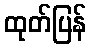
ထုတ်ပြန်